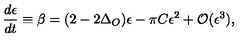
{ \frac { d \epsilon } { d t } } \equiv \beta = ( 2 - 2 \Delta _ { O } ) \epsilon - \pi C \epsilon ^ { 2 } + { \cal O } ( \epsilon ^ { 3 } ) ,